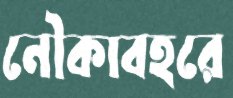
নৌকাবহরে